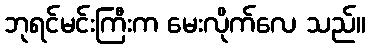
ဘုရင်မင်းကြီးက မေးလိုက်လေ သည်။